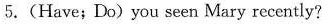
5.(Have; Do)you seen Mary recently?